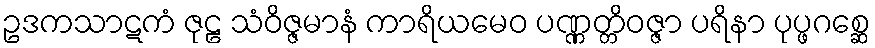
ဥဒကသာဋကံ ဇုဠ သံဝိဇ္ဇမာနံ ကာရိယမေဝ ပဏ္ဏတ္တိဝဇ္ဇာ ပရိနာ ပုပ္ဖဂစ္ဆေ